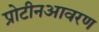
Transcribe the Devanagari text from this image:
प्रोटीनआवरण